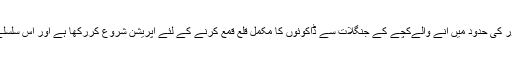
ایس ایس پی کے مطابق پولیس نے ضلع کشمور کی حدود میں آنے والےکچے کے جنگلات سے ڈاکوئوں کا مکمل قلع قمع کرنے کے لئے آپریشن شروع کررکھا ہے اور اس سلسلے میں وقتاً فوقتاً کارروائیاں بھی کی جاتی ہیں۔